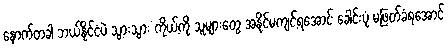
နောက်တခါ ဘယ်နိုင်ငံပဲ သွားသွား ကိုယ့်ကို သူများတွေ အနိုင်မကျင့်ရအောင် ခေါင်းပုံ မဖြတ်ခံရအောင်